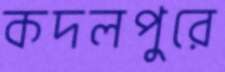
কদলপুরে